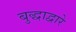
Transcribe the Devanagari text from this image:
बुद्धाद्वारे